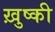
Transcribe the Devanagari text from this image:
ख़ुष्की